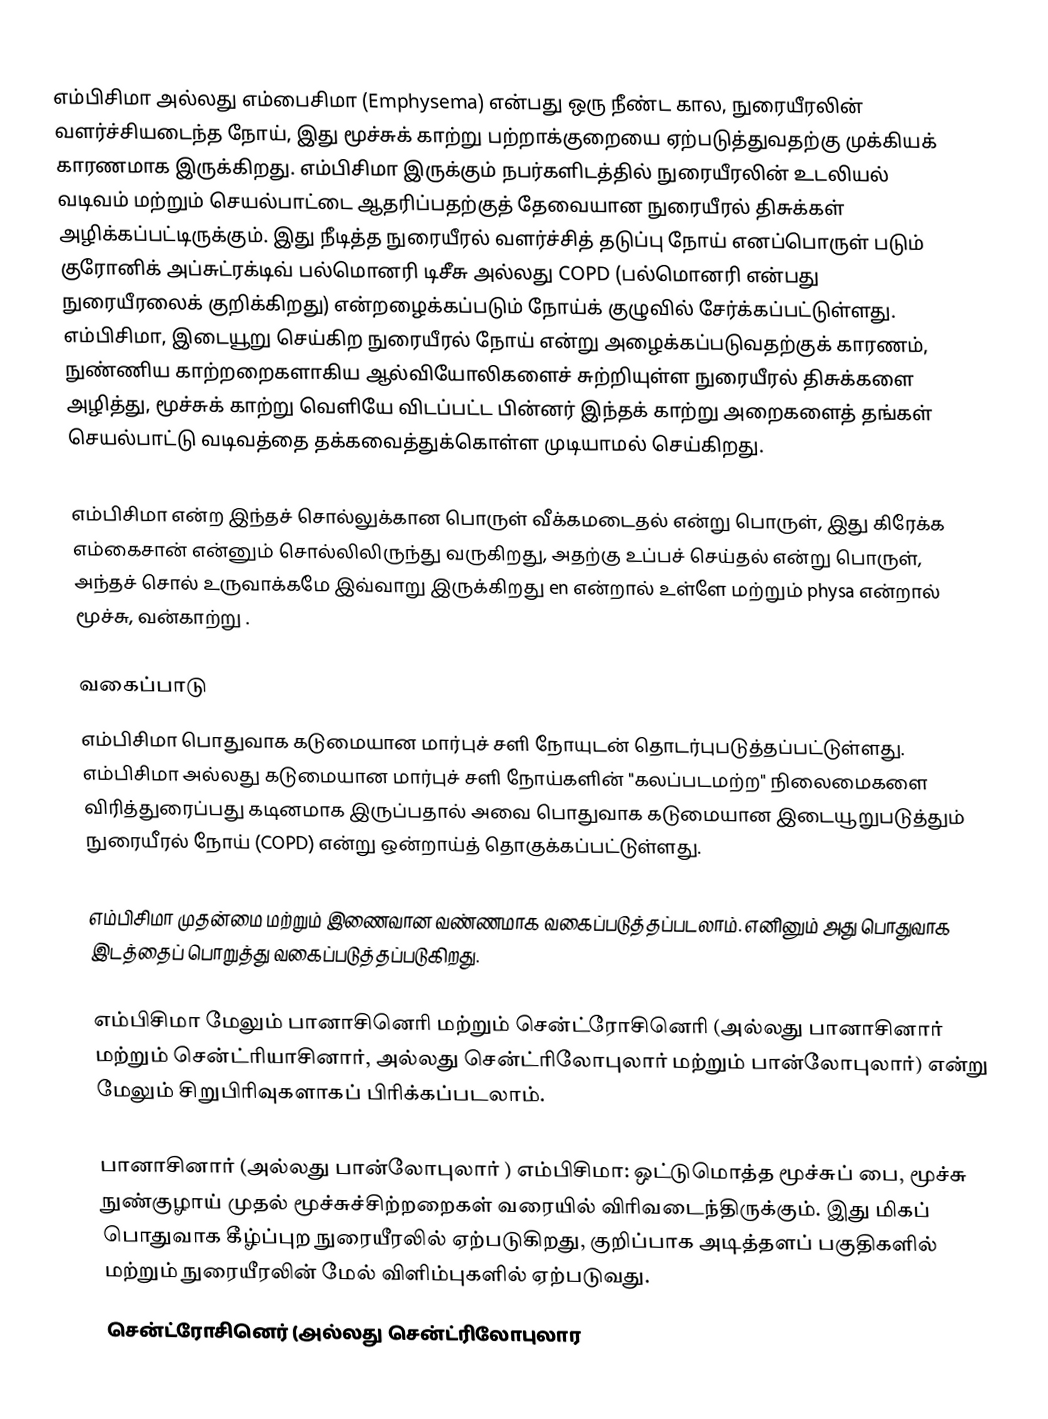
எம்பிசிமா அல்லது எம்பைசிமா (Emphysema) என்பது ஒரு நீண்ட கால, நுரையீரலின் வளர்ச்சியடைந்த நோய், இது மூச்சுக் காற்று பற்றாக்குறையை ஏற்படுத்துவதற்கு முக்கியக் காரணமாக இருக்கிறது. எம்பிசிமா இருக்கும் நபர்களிடத்தில் நுரையீரலின் உடலியல் வடிவம் மற்றும் செயல்பாட்டை ஆதரிப்பதற்குத் தேவையான நுரையீரல் திசுக்கள் அழிக்கப்பட்டிருக்கும். இது நீடித்த நுரையீரல் வளர்ச்சித் தடுப்பு நோய் எனப்பொருள் படும் குரோனிக் அப்சுட்ரக்டிவ் பல்மொனரி டிசீசு அல்லது COPD (பல்மொனரி என்பது நுரையீரலைக் குறிக்கிறது) என்றழைக்கப்படும் நோய்க் குழுவில் சேர்க்கப்பட்டுள்ளது. எம்பிசிமா, இடையூறு செய்கிற நுரையீரல் நோய் என்று அழைக்கப்படுவதற்குக் காரணம், நுண்ணிய காற்றறைகளாகிய ஆல்வியோலிகளைச் சுற்றியுள்ள நுரையீரல் திசுக்களை அழித்து, மூச்சுக் காற்று வெளியே விடப்பட்ட பின்னர் இந்தக் காற்று அறைகளைத் தங்கள் செயல்பாட்டு வடிவத்தை தக்கவைத்துக்கொள்ள முடியாமல் செய்கிறது.

எம்பிசிமா என்ற இந்தச் சொல்லுக்கான பொருள் வீக்கமடைதல் என்று பொருள், இது கிரேக்க எம்கைசான் என்னும் சொல்லிலிருந்து வருகிறது, அதற்கு உப்பச் செய்தல் என்று பொருள், அந்தச் சொல் உருவாக்கமே இவ்வாறு இருக்கிறது en என்றால் உள்ளே மற்றும் physa என்றால் மூச்சு, வன்காற்று .

வகைப்பாடு
எம்பிசிமா பொதுவாக கடுமையான மார்புச் சளி நோயுடன் தொடர்புபடுத்தப்பட்டுள்ளது. எம்பிசிமா அல்லது கடுமையான மார்புச் சளி நோய்களின் "கலப்படமற்ற" நிலைமைகளை விரித்துரைப்பது கடினமாக இருப்பதால் அவை பொதுவாக கடுமையான இடையூறுபடுத்தும் நுரையீரல் நோய் (COPD) என்று ஒன்றாய்த் தொகுக்கப்பட்டுள்ளது.

எம்பிசிமா முதன்மை மற்றும் இணைவான வண்ணமாக வகைப்படுத்தப்படலாம். எனினும் அது பொதுவாக இடத்தைப் பொறுத்து வகைப்படுத்தப்படுகிறது.

எம்பிசிமா மேலும் பானாசினெரி மற்றும் சென்ட்ரோசினெரி (அல்லது பானாசினார் மற்றும் சென்ட்ரியாசினார், அல்லது சென்ட்ரிலோபுலார் மற்றும் பான்லோபுலார்) என்று மேலும் சிறுபிரிவுகளாகப் பிரிக்கப்படலாம்.

 பானாசினார் (அல்லது பான்லோபுலார் ) எம்பிசிமா: ஒட்டுமொத்த மூச்சுப் பை, மூச்சு நுண்குழாய் முதல் மூச்சுச்சிற்றறைகள் வரையில் விரிவடைந்திருக்கும். இது மிகப் பொதுவாக கீழ்ப்புற நுரையீரலில் ஏற்படுகிறது, குறிப்பாக அடித்தளப் பகுதிகளில் மற்றும் நுரையீரலின் மேல் விளிம்புகளில் ஏற்படுவது.
 சென்ட்ரோசினெர் (அல்லது சென்ட்ரிலோபுலார